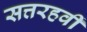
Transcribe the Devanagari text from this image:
सत्तरहवीं